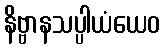
နိဗ္ဗာနသပ္ပါယံယေဝ